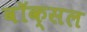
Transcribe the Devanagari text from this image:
वॉक्‍सल